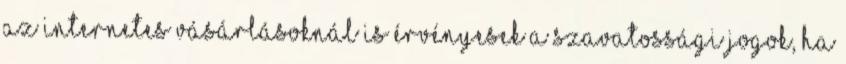
Az Internetes vásárlásoknál is érvényesek a szavatossági jogok, ha